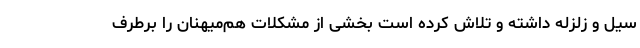
سیل و زلزله داشته و تلاش کرده است بخشی از مشکلات هم‌میهنان را برطرف